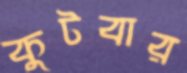
কুটবার